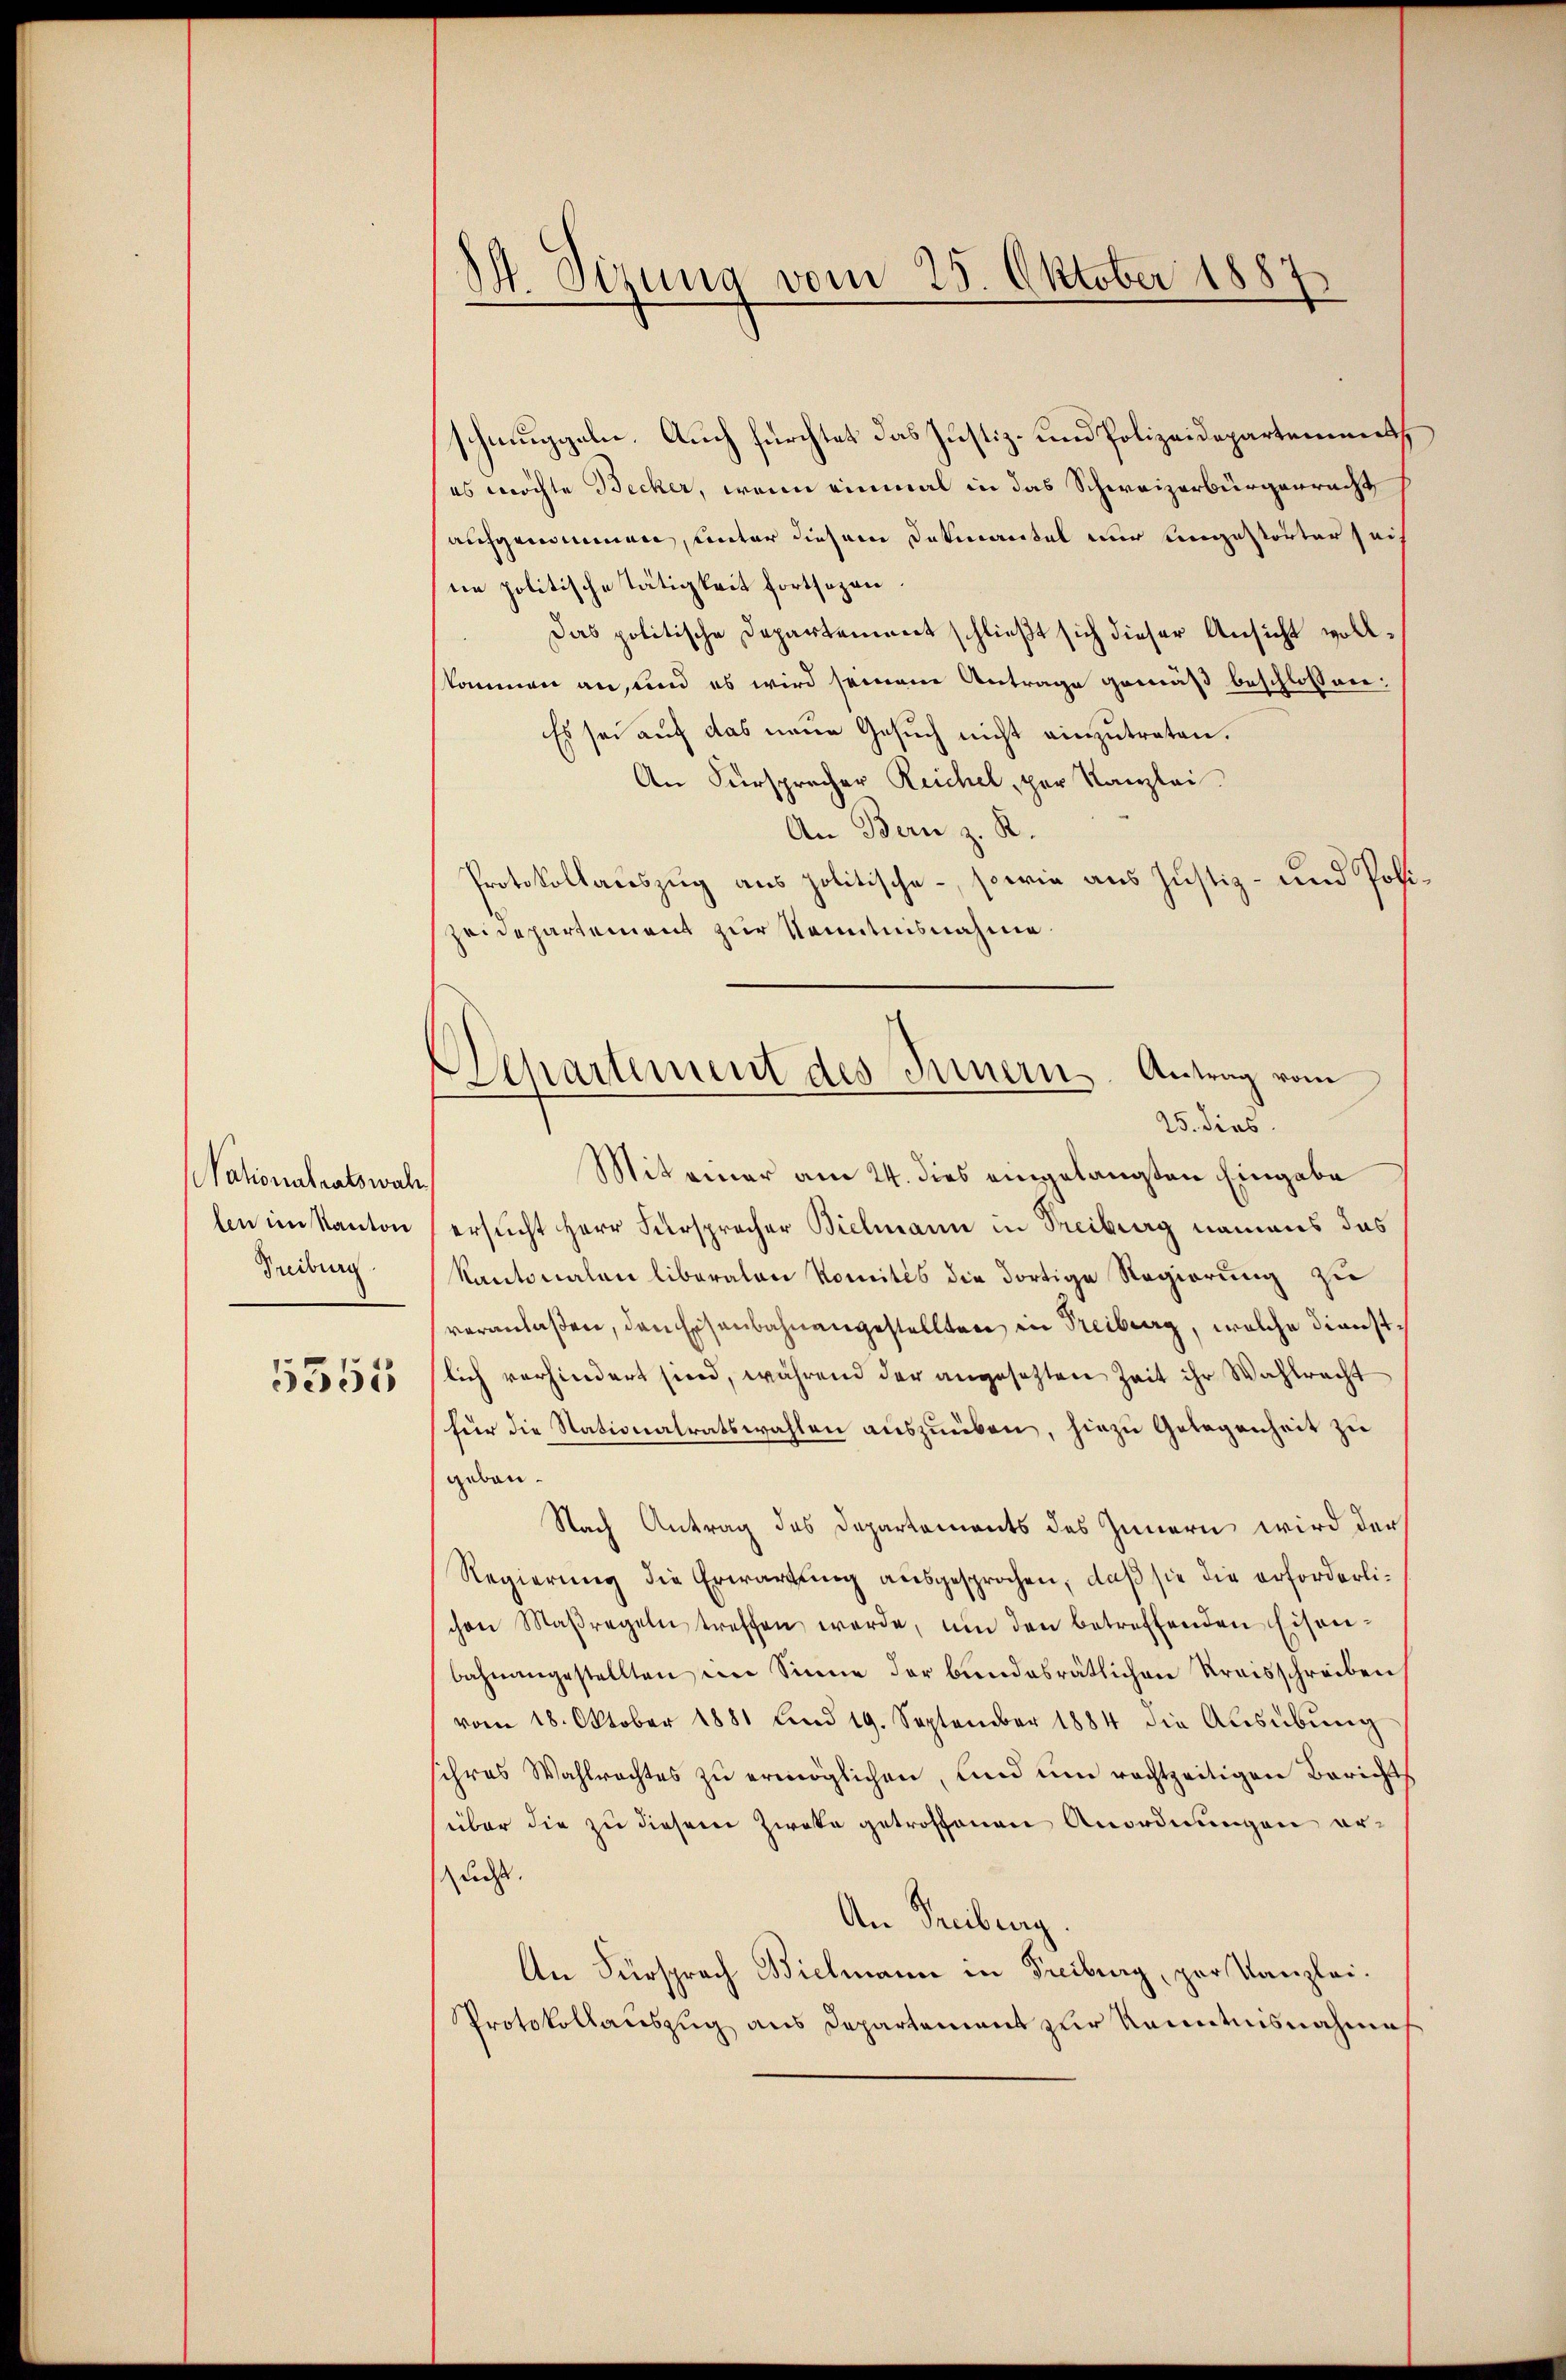
Nationalratswah
len im Kanton
Freiburg.

5555

14. Sizung vom 25. Oktober 1887

schmuggeln. Auch fürchtet das Justiz- und Polizeidepartement
es möchte Becker, wenn einmal in das Schweizerbürgerracht
aufgenommen, unter diesem Datmantel nur ungestörter sach
ne politische Tätigkeit fortsozon.
Das politische Departement schließt sich dieser Ansicht vollkommen an, und es wird seinem Antrage gemäß beschlossen:
Es sei auf das neue Gesuch nicht einzutreten.
An Fürspracher Reichel, per Kanzlei
An Bern z. R.
Protokollauszug aus politische, sowie aus Justiz- und Poli
zeidepartement zur Kenntnisnahme.
Miteiner am 24. dies eingelangten Eingabe
ersucht Herr Fürsprecher Bielmann in Treiburg namens das
Kantonalen liberalen Komités die dortige Regierung zu
veranlaßen, den Eisenbahnangestellten in Treiburg, welche dienstlich verhindert sind, während der angesetzten Zeit ihr Wahlrecht
für die Nationalratswahlen auszuüben, hiezu Gelegenheit zu
geben
Nach Antrag des Departements des Innern wird der
Regierung die Erwartung ausgesprochen, daß sie die erforderlichen Maßregeln treffen werde, um den betreffenden Eisen-
bahnangestellten im Sinne der bundesrätlichen Kreisschreiben
vom 18. Oktober 1881 und 19. September 1884 die Aŭsübŭng
ihres Wahlrechtes zŭ ermöglichen, und um rechtzeitigen Berichts
über die zu diesem Zweke getroffenen Anordnungen erles.
An Treiburg.
An Fürsprach Bielmann in Freiburg, par Kanzlei.
Protokollauszug aus Departement zur Kenntnisnahme

Separtement des Innern. Antrag vom
25. dies